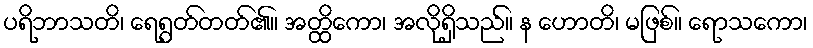
ပရိဘာသတိ၊ ရေရွတ်တတ်၏။ အတ္ထိကော၊ အလိုရှိသည်။ န ဟောတိ၊ မဖြစ်။ ရောသကော၊